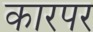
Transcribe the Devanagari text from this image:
कारपर